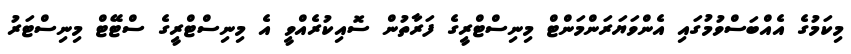
މިކަމުގެ އެއްބަސްވުމުގައި އެންވަޔަރަންމަންޓް މިނިސްޓްރީގެ ފަރާތުން ސޮއިކުރެއްވީ އެ މިނިސްޓްރީގެ ސްޓޭޓް މިނިސްޓަރު